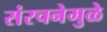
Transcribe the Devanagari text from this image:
संरचनेमुळे